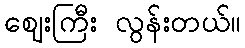
ဈေးကြီး လွန်းတယ်။